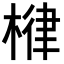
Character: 𣕖